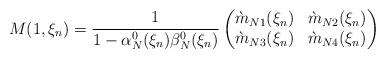
LaTeX: \begin{align*}M(1,\xi_n)=\frac{1}{1-\alpha_N^0(\xi_n)\beta_N^0(\xi_n)}\begin{pmatrix} \grave{m}_{N1}(\xi_n) &\grave{m}_{N2}(\xi_n)\\\grave{m}_{N3}(\xi_n) &\grave{m}_{N4}(\xi_n)\end{pmatrix}\end{align*}